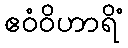
ဧဝံဝိဟာရိံ